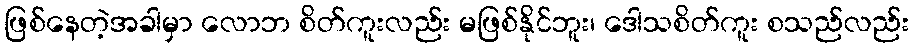
ဖြစ်နေတဲ့အခါမှာ လောဘ စိတ်ကူးလည်း မဖြစ်နိုင်ဘူး၊ ဒေါသစိတ်ကူး စသည်လည်း